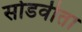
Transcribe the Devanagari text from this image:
सोडवीता